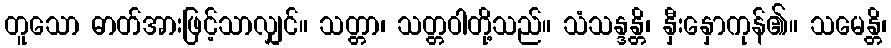
တူသော ဓာတ်အားဖြင့်သာလျှင်။ သတ္တာ၊ သတ္တဝါတို့သည်။ သံသန္ဒန္တိ၊ နှီးနှောကုန်၏။ သမေန္တိ၊